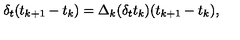
\delta _ { t } ( t _ { k + 1 } - t _ { k } ) = \Delta _ { k } ( \delta _ { t } t _ { k } ) ( t _ { k + 1 } - t _ { k } ) ,